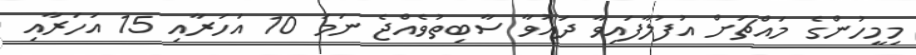
މިމީހުންގެ މައްޗަށް އުފުލާފައިވާ ދައުވާ ސާބިތުވެއްޖެ ނަމަ 10 އަހަރާއި 15 އަހަރާއި